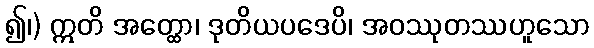
၍၊) ဣတိ အတ္ထော၊ ဒုတိယပဒေပိ၊ အဝဿုတဿဟူသော